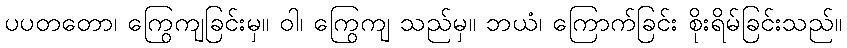
ပပတတော၊ ကြွေကျခြင်းမှ။ ဝါ၊ ကြွေကျ သည်မှ။ ဘယံ၊ ကြောက်ခြင်း စိုးရိမ်ခြင်းသည်။